Rangoon Lunatic Asylum 1898-1906 - 1898-1906
Year: 1898
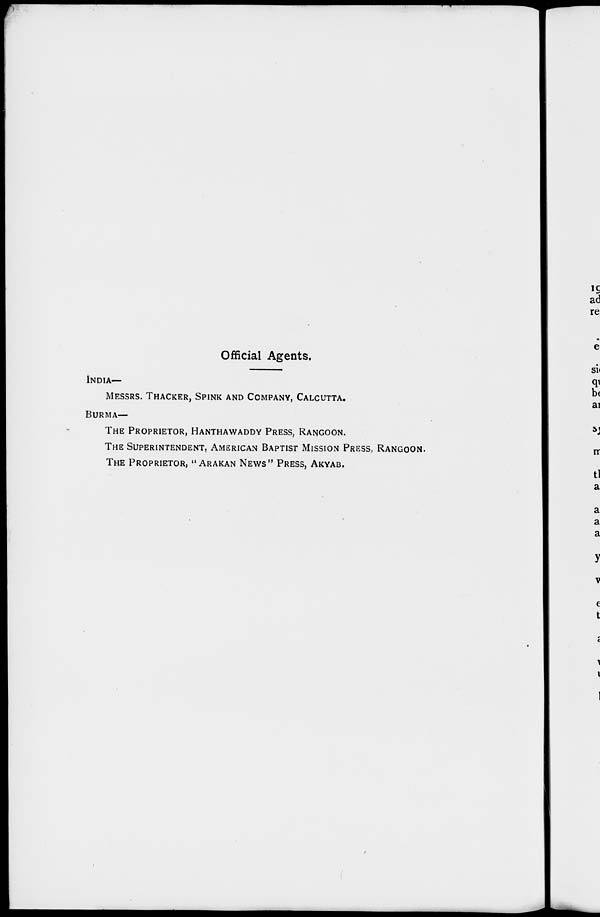
Official Agents.
INDIA—
MESSRS. THACKER, SPINK AND COMPANY, CALCUTTA.
BURMA—
THE PROPRIETOR, HANTHAWADDY PRESS, RANGOON.
THE SUPERINTENDENT, AMERICAN BAPTIST MISSION PRESS, RANGOON.
THE PROPRIETOR, " ARAKAN NEWS" PRESS, AKYAB.